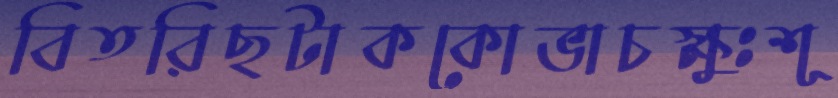
বিতরিছটাককোভাচক্ষুঃশূ